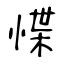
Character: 惵